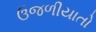
ઉજળીયાતો